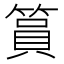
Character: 篔